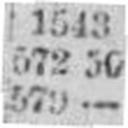
579 —